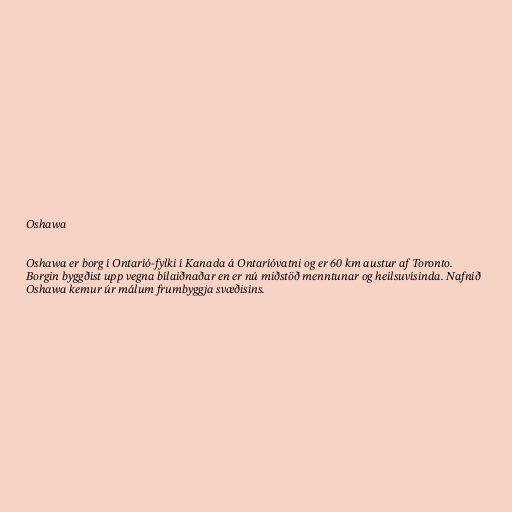
Oshawa

Oshawa er borg í Ontaríó-fylki í Kanada á Ontaríóvatni og er 60 km austur af Toronto.
Borgin byggðist upp vegna bílaiðnaðar en er nú miðstöð menntunar og heilsuvísinda. Nafnið
Oshawa kemur úr málum frumbyggja svæðisins.